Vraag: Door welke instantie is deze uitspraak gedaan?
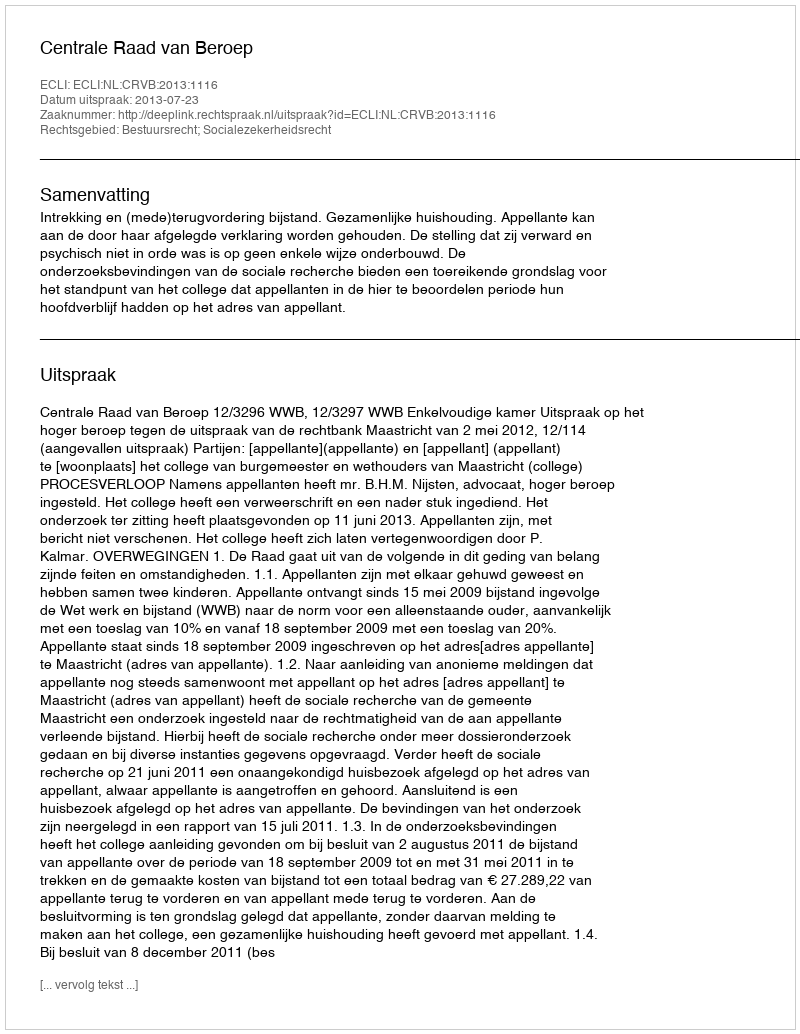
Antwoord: Centrale Raad van Beroep